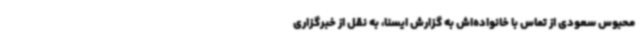
محبوس سعودی از تماس با خانواده‌اش به گزارش ایسنا، به نقل از خبرگزاری